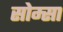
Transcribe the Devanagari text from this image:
सोम्सा